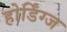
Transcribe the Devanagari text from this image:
होर्डिंग्ज